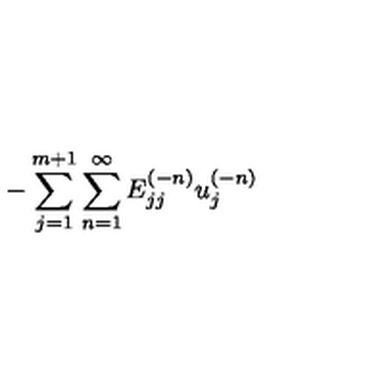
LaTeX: { - \sum _ { j = 1 } ^ { m + 1 } \sum _ { n = 1 } ^ { \infty } E _ { j j } ^ { ( - n ) } u _ { j } ^ { ( - n ) } }